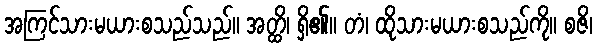
အကြင်သားမယားစသည်သည်။ အတ္ထိ၊ ရှိ၏။ တံ၊ ထိုသားမယားစသည်ကို။ စဇိ၊